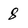
Character: 8